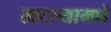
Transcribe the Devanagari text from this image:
खटल्यामधे